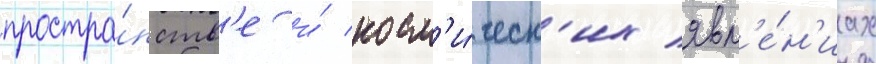
простра́нств'е и́ косм'и́ческ'их явл'е́н'иах